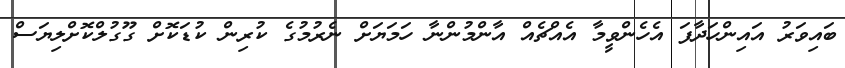
ބައިވަރު އައިންހަދާފަ އެހެންވީމާ އެއްޗެއް އާންމުންނާ ހަމަޔަށް ނެރުމުގެ ކުރިން ކުޑަކޮށް ގޫގުލްކޮށްލިޔަސް